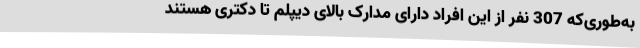
به‌طوری‌که 307 نفر از این افراد دارای مدارک بالای دیپلم تا دکتری هستند